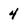
Character: 4